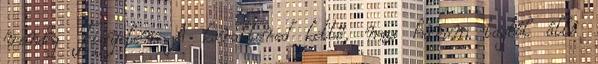
vendég Figyelem A karaktered kettő, max három tagból álló